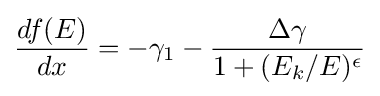
{\frac {df(E)}{dx}}=-\gamma _{1}-{\frac {\Delta \gamma }{1+(E_{k}/E)^{\epsilon }}}